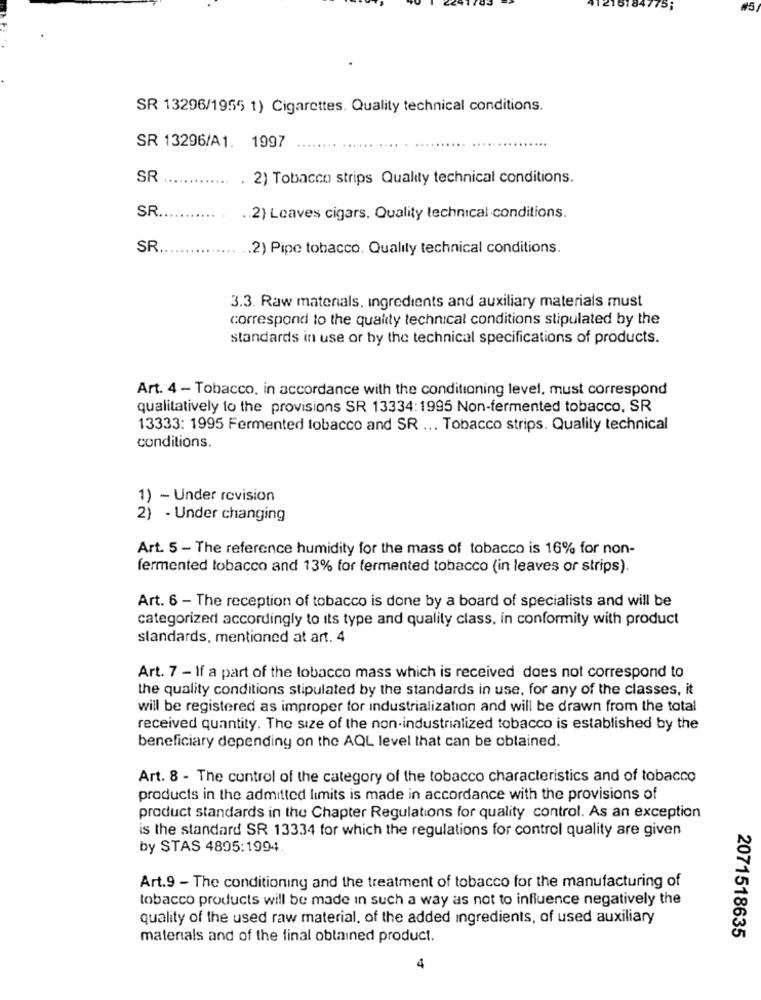
#5
SR 13296/1955 1) Cigarettes. Quality technical conditions.
SR 13296/A1. 1997
SR
. 2) Tobacco strips Quality technical conditions.
SR
.. 2) Leaves cigars. Quality technical conditions.
SR.
.2) Pipe tobacco. Quality technical conditions.
3.3. Raw materials, ingredients and auxiliary materials must
correspond to the quality technical conditions stipulated by the
standards in use or by the technical specifications of products.
Art. 4 - Tobacco, in accordance with the conditioning level, must correspond
qualitatively to the provisions SR 13334:1995 Non-fermented tobacco, SR
13333: 1995 Fermented tobacco and SR ... Tobacco strips. Quality technical
conditions.
1) - Under revision
2) - Under changing
Art. 5 - The reference humidity for the mass of tobacco is 16% for non-
fermented tobacco and 13% for fermented tobacco (in leaves or strips).
Art. 6 - The reception of tobacco is done by a board of specialists and will be
categorized accordingly to its type and quality class, in conformity with product
standards, mentioned at art. 4
Art. 7 - If a part of the tobacco mass which is received does not correspond to
the quality conditions stipulated by the standards in use, for any of the classes, it
will be registered as improper tor industrialization and will be drawn from the total
received quantity. The size of the non-industrialized tobacco is established by the
beneficiary depending on the AQL level that can be obtained.
Art. 8 - The control of the category of the tobacco characteristics and of tobacco
products in the admitted limits is made in accordance with the provisions of
product standards in the Chapter Regulations for quality control. As an exception
is the standard SR 13334 for which the regulations for control quality are given
by STAS 4895:1994.
Art.9 - The conditioning and the treatment of tobacco for the manufacturing of
tobacco products will be made in such a way as not to influence negatively the
quality of the used raw material, of the added ingredients, of used auxiliary
2071518635
materials and of the final obtained product.
4